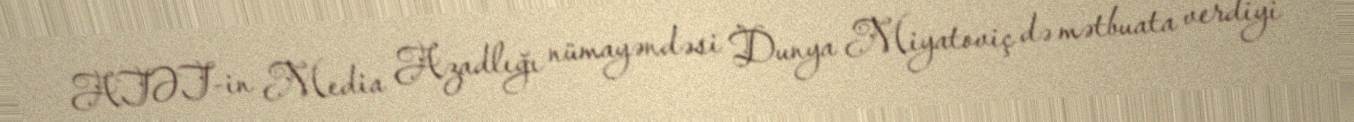
ATƏT-in Media Azadlığı nümayəndəsi Dunya Miyatoviç də mətbuata verdiyi